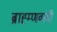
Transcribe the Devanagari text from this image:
ब्राह्म्णवादी